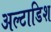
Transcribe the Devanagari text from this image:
अल्टाडिश